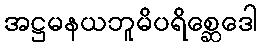
အဋ္ဌမနယဘူမိပရိစ္ဆေဒေါ